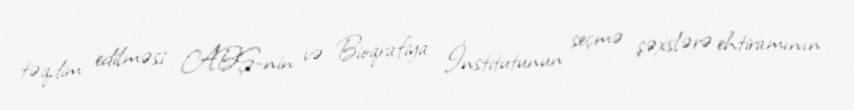
təqdim edilməsi ABŞ-nin və Bioqrafiya İnstitutunun seçmə şəxslərə ehtiramının